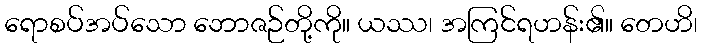
ရောစပ်အပ်သော ဘောဇဉ်တို့ကို။ ယဿ၊ အကြင်ရဟန်း၏။ တေဟိ၊